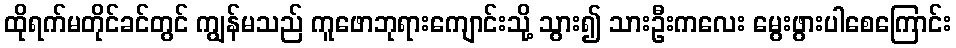
ထိုရက်မတိုင်ခင်တွင် ကျွန်မသည် ကူဖောဘုရားကျောင်းသို့ သွား၍ သားဦးကလေး မွေးဖွားပါစေကြောင်း